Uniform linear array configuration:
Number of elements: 48
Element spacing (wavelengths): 0.25
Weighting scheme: kaiser
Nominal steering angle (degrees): -30
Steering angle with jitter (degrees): -29.59
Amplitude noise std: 0.05
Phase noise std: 0.05

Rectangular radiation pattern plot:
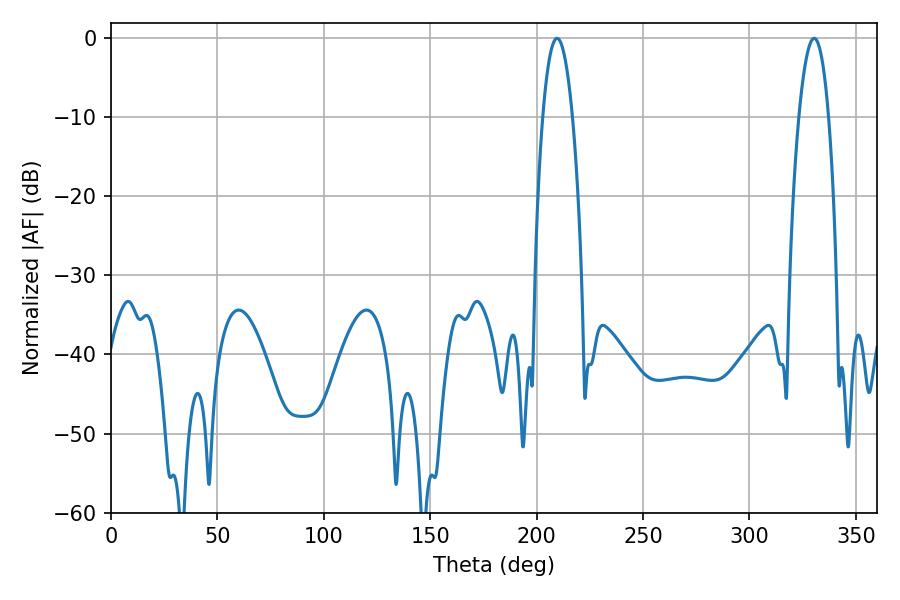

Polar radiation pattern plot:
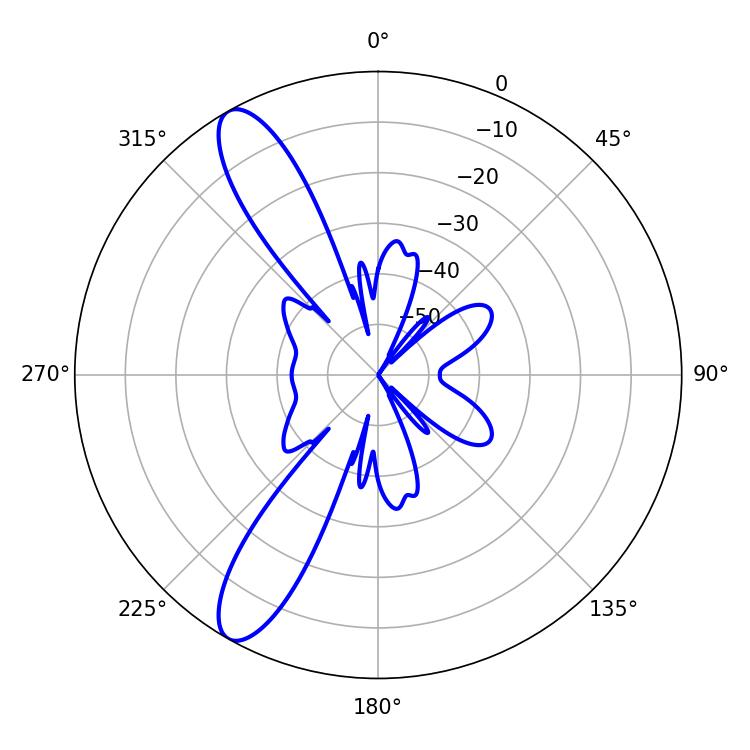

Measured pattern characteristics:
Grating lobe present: FALSE
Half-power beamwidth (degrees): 7.74
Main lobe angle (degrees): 209.52